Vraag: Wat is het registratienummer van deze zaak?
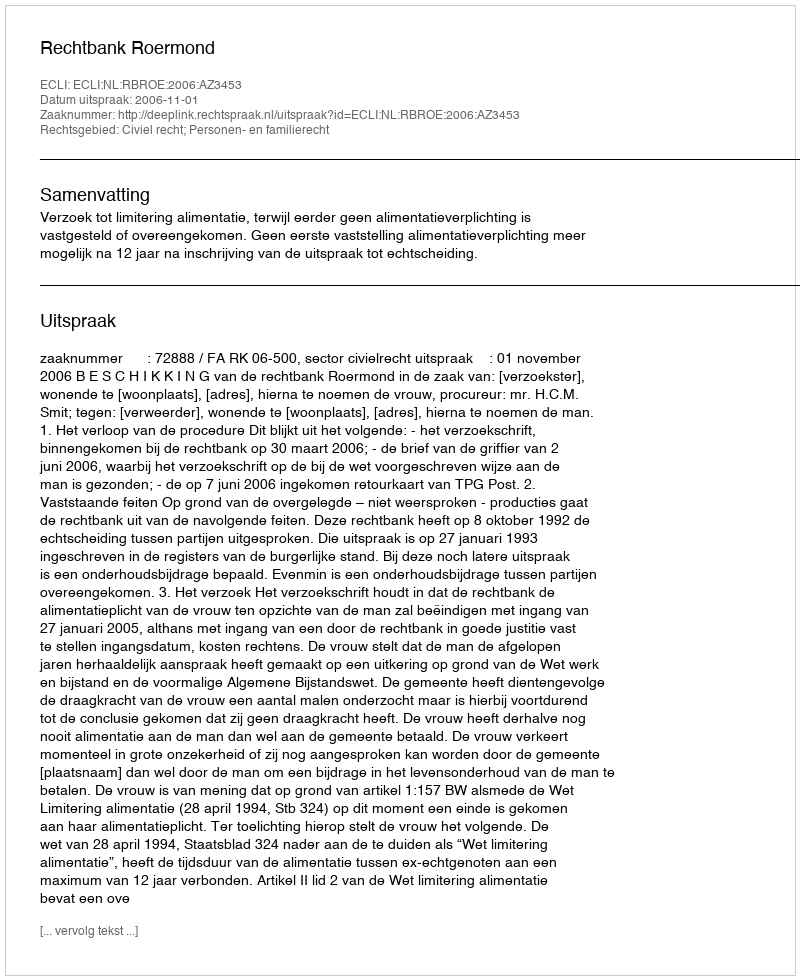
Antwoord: http://deeplink.rechtspraak.nl/uitspraak?id=ECLI:NL:RBROE:2006:AZ3453